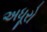
અધૂરો